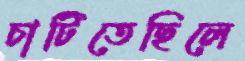
চাটিতেছিলে